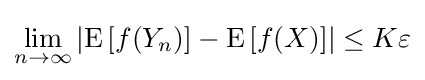
\lim _{n\to \infty }\left|\operatorname {E} \left[f(Y_{n})\right]-\operatorname {E} \left[f(X)\right]\right|\leq K\varepsilon